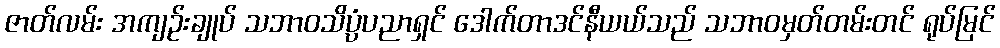
ဇာတ်လမ်း အကျဉ်းချုပ် သဘာဝသိပ္ပံပညာရှင် ဒေါက်တာဒင်နီယယ်သည် သဘာဝမှတ်တမ်းတင် ရုပ်မြင်